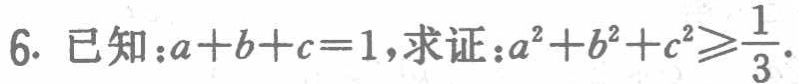
已知：\(a + b + c = 1\)，求证：\(a^{2}+b^{2}+c^{2}\geqslant\frac{1}{3}\)。